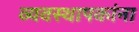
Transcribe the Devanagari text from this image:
व्यवस्थापकांना